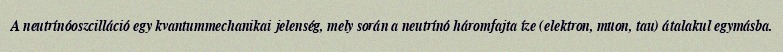
A neutrínóoszcilláció egy kvantummechanikai jelenség, mely során a neutrínó háromfajta íze (elektron, müon, tau) átalakul egymásba.